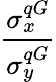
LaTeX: \frac{\sigma_{x}^{qG}}{\sigma_{y}^{qG}}